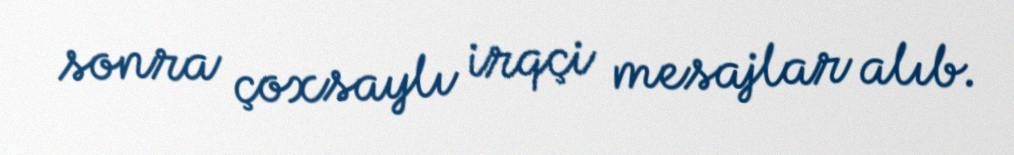
sonra çoxsaylı irqçi mesajlar alıb.